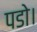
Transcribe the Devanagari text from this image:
पडो।